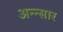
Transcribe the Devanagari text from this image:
अन्न्सार